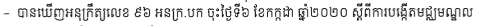
- បានឃើញអនុក្រឹត្យលេខ ៩៦ អនក្រ.បក ចុះថ្ងៃទី៦ ខែកក្កដា ឆ្នាំ២០២០ ស្តីពីការបង្កើតមជ្ឈមណ្ឌល